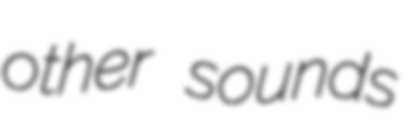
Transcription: other sounds